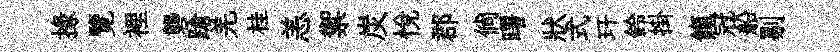
掾覽裡礱蹌羌桂恙禦炭悅郡倘曙狀式玕鈴掛餼冠船剔